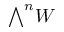
\textstyle { \bigwedge } ^ { n } W